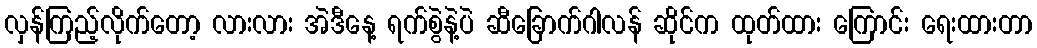
လှန်ကြည့်လိုက်တော့ လားလား အဲဒီနေ့ ရက်စွဲနဲ့ပဲ ဆီခြောက်ဂါလန် ဆိုင်က ထုတ်ထား ကြောင်း ရေးထားတာ